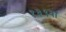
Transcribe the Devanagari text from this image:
१३९वा